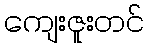
ကျေးဇူးတင်